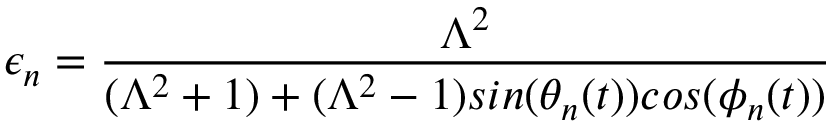
\epsilon _ { n } = \frac { \Lambda ^ { 2 } } { ( \Lambda ^ { 2 } + 1 ) + ( \Lambda ^ { 2 } - 1 ) s i n ( \theta _ { n } ( t ) ) c o s ( \phi _ { n } ( t ) ) }